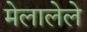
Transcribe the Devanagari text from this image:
मेलालेले